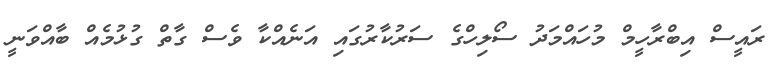
ރައީސް އިބްރާހީމް މުހައްމަދު ސޯލިހްގެ ސަރުކާރުގައި އަނެއްކާ ވެސް ގާތް ގުޅުމެއް ބާއްވަނީ